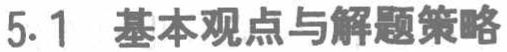
5.1 基本观点与解题策略